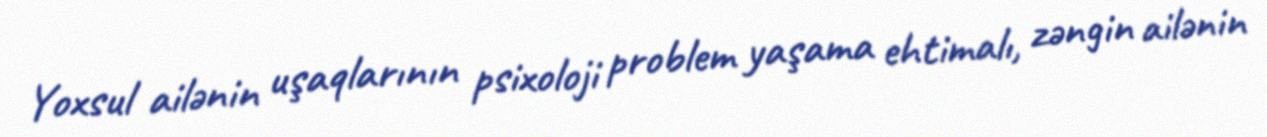
Yoxsul ailənin uşaqlarının psixoloji problem yaşama ehtimalı, zəngin ailənin